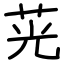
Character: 茪